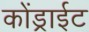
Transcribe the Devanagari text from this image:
कोंड्राईट